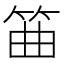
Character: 筁